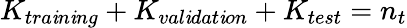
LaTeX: K_{tra\mathit{i}n\mathit{i}ng}+K_{val\mathit{i}dat\mathit{i}on}+K_{test}=n_{t}